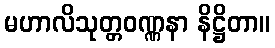
မဟာလိသုတ္တဝဏ္ဏနာ နိဋ္ဌိတာ။